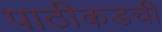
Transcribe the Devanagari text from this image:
पाठीकडची